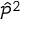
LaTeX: { \hat { \mathcal { P } } } ^ { 2 }